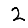
Digit: 2